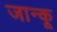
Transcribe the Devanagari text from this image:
जान्कू